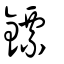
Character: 𨭚